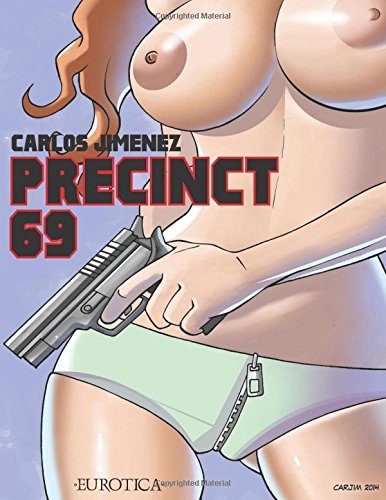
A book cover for Precinct 69, vol.1 (District 69); Carlos Jimenez; Comics & Graphic Novels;